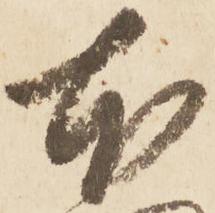
本